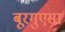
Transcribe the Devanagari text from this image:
बूरगुएसा